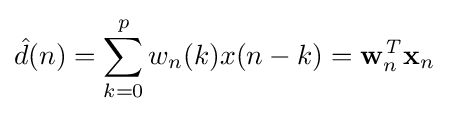
{\hat {d}}(n)=\sum _{k=0}^{p}w_{n}(k)x(n-k)=\mathbf {w} _{n}^{\mathit {T}}\mathbf {x} _{n}